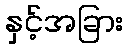
နှင့်အခြား